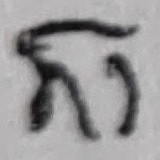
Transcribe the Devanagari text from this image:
रा